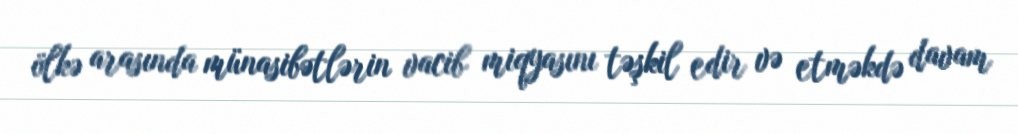
ölkə arasında münasibətlərin vacib miqyasını təşkil edir və etməkdə davam